画像に写った文字を読んでください
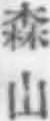
「森山」と書いてあります